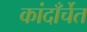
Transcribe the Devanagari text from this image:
कांदाँर्चेत